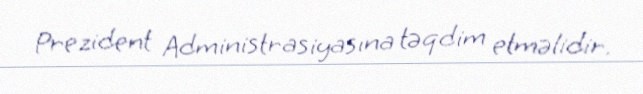
Prezident Administrasiyasına təqdim etməlidir.